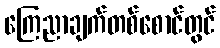
ကြေညာချက်တစ်စောင်တွင်